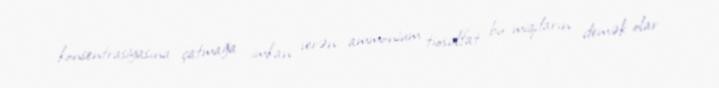
konsentrasiyasına çatmağa imkan verən ammonium tiosulfat bu miqdarın demək olar